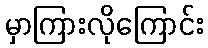
မှာကြားလိုကြောင်း